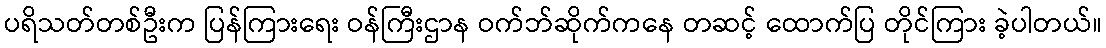
ပရိသတ်တစ်ဦးက ပြန်ကြားရေး ဝန်ကြီးဌာန ဝက်ဘ်ဆိုက်ကနေ တဆင့် ထောက်ပြ တိုင်ကြား ခဲ့ပါတယ်။